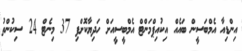
އިންޑިއާ އެމްބަސީން ބައެއް އިކުއިޕްމަންޓް އެމްބީސީއަށް ހަދިޔާކޮށްފި 37 މިނެޓް 24 ސިކުންތު